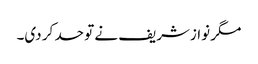
مگر نوازشریف نے تو حد کر دی۔